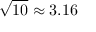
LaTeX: { \sqrt { 1 0 } } \approx 3 . 1 6